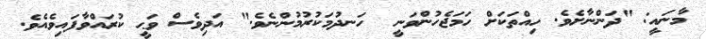
މާނައީ: "ދަންނާށެވެ. ހިއްތަކަށް ހަމަޖެހުންވަނީ  ހަނދުމަކުރުމުންނެވެ." އަދިވެސް ވަޙީ ކުރައްވާފައިވެއެވެ.